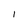
Character: I